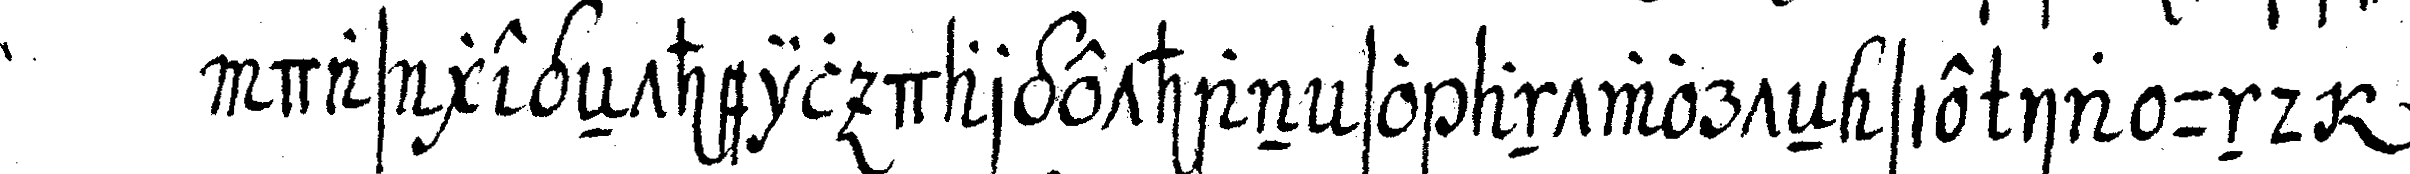
das gegeNtheil dargethan so antworteN sie ia und